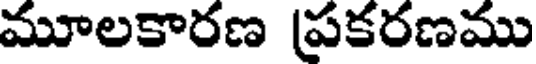
మూలకారణ ప్రకరణము